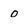
Character: 0